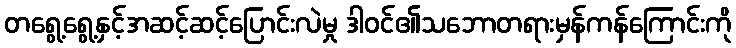
တရွေ့ရွေ့နှင့်အဆင့်ဆင့်ပြောင်းလဲမှု ဒါဝင်၏သဘောတရားမှန်ကန်ကြောင်းကို